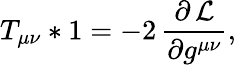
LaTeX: T_{\mu\nu}*1=-2\, \frac{\partial\, {\cal L}}{\partial g^{\mu\nu}},